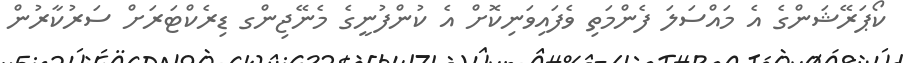
ކޯޕަރޭޝަންގެ އެ މައްސަލަ ފެންމަތި ވެފައިވަނިކޮށް އެ ކުންފުނީގެ މެނޭޖިންގ ޑިރެކްޓަރަށް ސަރުކާރުން